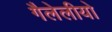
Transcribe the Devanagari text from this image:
गैलेलीयो